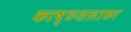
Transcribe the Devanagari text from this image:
काष्ठशलाका